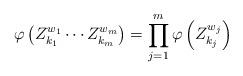
LaTeX: \begin{align*}\varphi\left(Z_{k_1}^{w_1} \cdots Z^{w_m}_{k_m}\right) = \prod^m_{j=1} \varphi\left(Z^{w_j}_{k_j}\right)\end{align*}